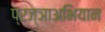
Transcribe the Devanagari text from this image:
प्रज्ञाअभियान